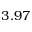
3 . 9 7